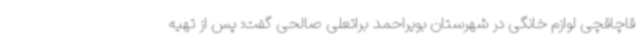
قاچاقچی لوازم خانگی در شهرستان بویراحمد براتعلی صالحی گفت: پس از تهیه